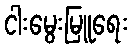
ငါးမွေးမြူရေး